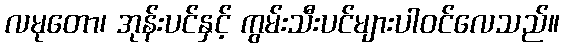
လမုတော၊ အုန်းပင်နှင့် ကွမ်းသီးပင်များပါဝင်လေသည်။